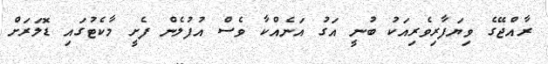
ރާއްޖޭގެ ވިޔަފާރިވެރިއަކު ބުނީ އަގު އަނެއްކާ ވެސް އުފުލެން ފެށީ މާކެޓުގައި ޑޮލަރަށް